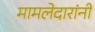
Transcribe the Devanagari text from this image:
मामलेदारांनी